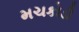
મચકોડી